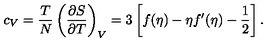
c _ { V } = { \frac { T } { N } } \left( { \frac { \partial S } { \partial T } } \right) _ { V } = 3 \left[ f ( \eta ) - \eta f ^ { \prime } ( \eta ) - \frac 1 2 \right] .